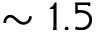
\sim 1 . 5